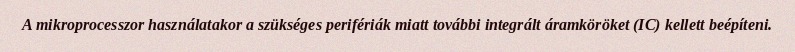
A mikroprocesszor használatakor a szükséges perifériák miatt további integrált áramköröket (IC) kellett beépíteni.